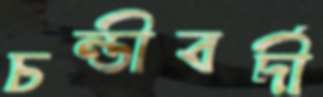
চন্ডীবর্দী